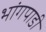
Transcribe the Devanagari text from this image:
भांगपाडी